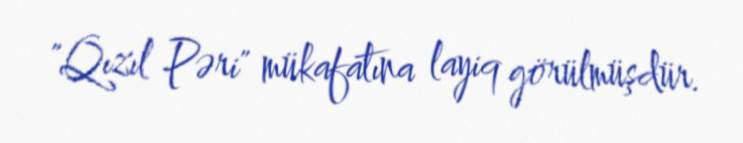
"Qızıl Pəri" mükafatına layiq görülmüşdür.